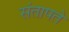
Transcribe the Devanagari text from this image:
संतापते